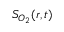
S _ { O _ { 2 } } ( r , t )